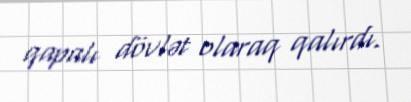
qapalı dövlət olaraq qalırdı.